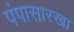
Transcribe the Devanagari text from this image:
पंपासारखा